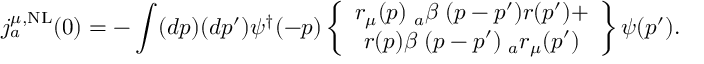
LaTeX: j _ { a } ^ { \mu , \mathrm { N L } } ( 0 ) = - \int ( d p ) ( d p ^ { \prime } ) \psi ^ { \dagger } ( - p ) \left\{ \begin{array} { c } { { r _ { \mu } ( p ) { \bf \lambda } _ { a } \beta { \bf \Phi } ( p - p ^ { \prime } ) r ( p ^ { \prime } ) + } } \\ { { r ( p ) \beta { \bf \Phi } ( p - p ^ { \prime } ) { \bf \lambda } _ { a } r _ { \mu } ( p ^ { \prime } ) } } \end{array} \right\} \psi ( p ^ { \prime } ) .